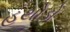
હથોડો